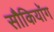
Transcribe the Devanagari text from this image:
सौकियॉग